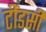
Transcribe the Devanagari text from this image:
टींडसी